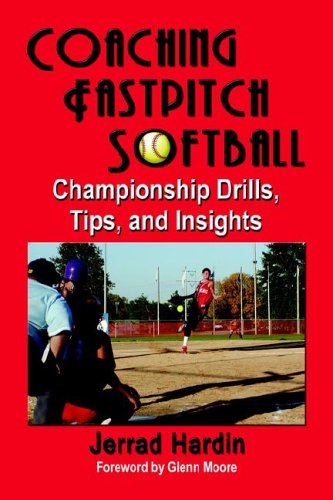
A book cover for COACHING FASTPITCH SOFTBALL: Championship Drills, Tips, and Insights; Jerrad Hardin; Sports & Outdoors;